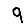
Digit: 9